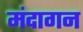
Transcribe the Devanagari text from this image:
मंदागन